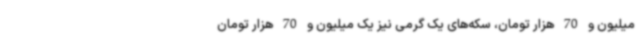
میلیون و 70 هزار تومان، سکه‌های یک گرمی نیز یک میلیون و 70 هزار تومان